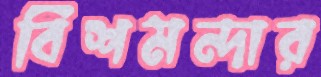
বিশমন্দার